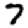
Digit: 7